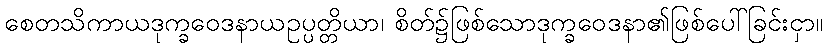
စေတသိကာယဒုက္ခဝေဒနာယဥပ္ပတ္တိယာ၊ စိတ်၌ဖြစ်သောဒုက္ခဝေဒနာ၏ဖြစ်ပေါ်ခြင်းငှာ။